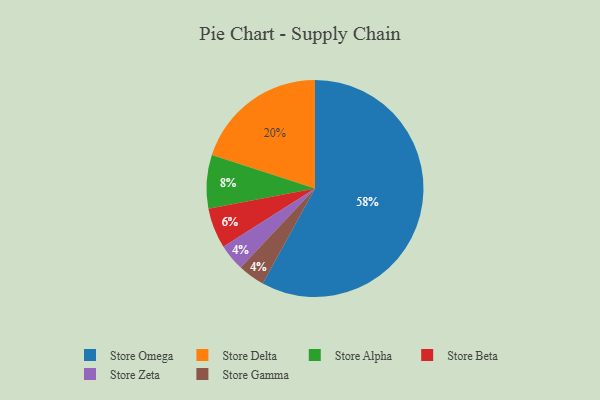
{"axis": {"x": "Category", "y": "Percentage"}, "legend": ["Store Alpha", "Store Beta", "Store Delta", "Store Gamma", "Store Omega", "Store Zeta"], "data": [{"x": "Store Zeta", "y": 4, "type": "Store Zeta"}, {"x": "Store Delta", "y": 20, "type": "Store Delta"}, {"x": "Store Gamma", "y": 4, "type": "Store Gamma"}, {"x": "Store Alpha", "y": 8, "type": "Store Alpha"}, {"x": "Store Beta", "y": 6, "type": "Store Beta"}, {"x": "Store Omega", "y": 58, "type": "Store Omega"}]}